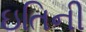
ઇતિની